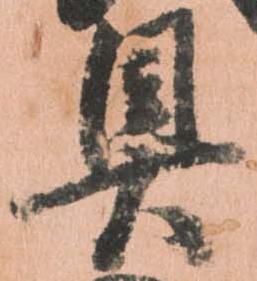
具